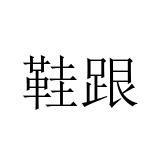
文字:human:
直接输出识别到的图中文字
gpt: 鞋跟